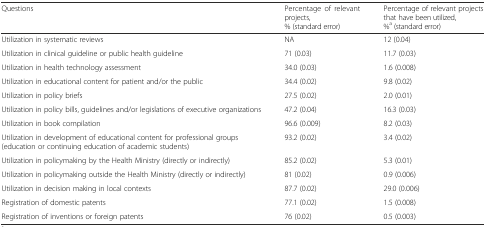
| Questions | Percentage of relevant projects, % (standard error) | Percentage of relevant projects that have been utilized, %a (standard error) |
 | --- | --- | --- |
 | Utilization in systematic reviews | NA | 12 (0.04) |
 | Utilization in clinical guideline or public health guideline | 71 (0.03) | 11.7 (0.03) |
 | Utilization in health technology assessment | 34.0 (0.03) | 1.6 (0.008) |
 | Utilization in educational content for patient and/or the public | 34.4 (0.02) | 9.8 (0.02) |
 | Utilization in policy briefs | 27.5 (0.02) | 2.0 (0.01) |
 | Utilization in policy bills, guidelines and/or legislations of executive organizations | 47.2 (0.04) | 16.3 (0.03) |
 | Utilization in book compilation | 96.6 (0.009) | 8.2 (0.03) |
 | Utilization in development of educational content for professional groups (education or continuing education of academic students) | 93.2 (0.02) | 3.4 (0.02) |
 | Utilization in policymaking by the Health Ministry (directly or indirectly) | 85.2 (0.02) | 5.3 (0.01) |
 | Utilization in policymaking outside the Health Ministry (directly or indirectly) | 81 (0.02) | 0.9 (0.006) |
 | Utilization in decision making in local contexts | 87.7 (0.02) | 29.0 (0.006) |
 | Registration of domestic patents | 77.1 (0.02) | 1.5 (0.008) |
 | Registration of inventions or foreign patents | 76 (0.02) | 0.5 (0.003) |